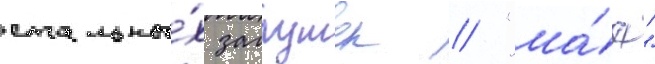
стальны́х заглушек // "ма́я"